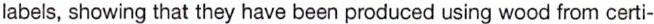
labels, showing that they have been produced using wood from certi-